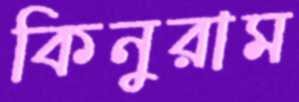
কিনুরাম